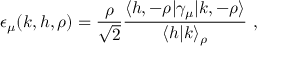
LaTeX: \epsilon _ { \mu } ( k , h , \rho ) = { \frac { \rho } { \sqrt { 2 } } } { \frac { \langle h , - \rho | \gamma _ { \mu } | k , - \rho \rangle } { \langle h | k \rangle _ { \rho } } } \ ,